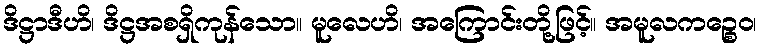
ဒိဋ္ဌာဒီဟိ၊ ဒိဋ္ဌအစရှိကုန်သော။ မူလေဟိ၊ အကြောင်းတို့ဖြင့်။ အမူလကဉ္စေဝ၊